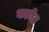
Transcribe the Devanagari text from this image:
क्कोट